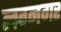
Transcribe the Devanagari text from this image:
लग्नगर